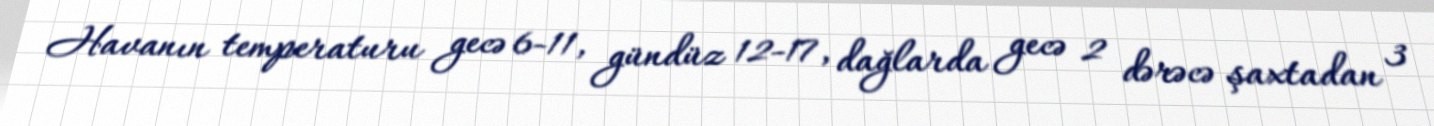
Havanın temperaturu gecə 6-11, gündüz 12-17, dağlarda gecə 2 dərəcə şaxtadan 3